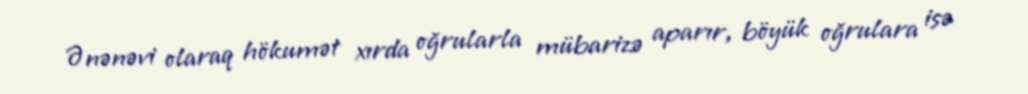
Ənənəvi olaraq hökumət xırda oğrularla mübarizə aparır, böyük oğrulara isə